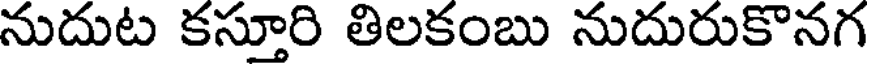
నుదుట కస్తూరి తిలకంబు నుదురుకొనగ